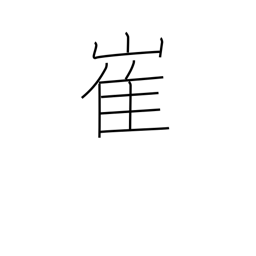
Meaning: precipice